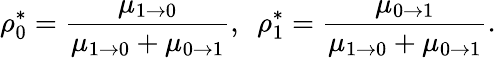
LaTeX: \rho_{0}^{*}=\frac{\mu_{1\to 0}}{\mu_{1\to 0}+\mu_{0\to 1}},~~\rho_{1}^{*}=\frac{\mu_{0\to 1}}{\mu_{1\to 0}+\mu_{0\to 1}}.